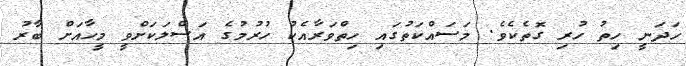
ހަދަނީ ހިތު ހުރި ގޮތެކެވެ. މަސައްކަތުގައި ހިތްވަރާއެކު ހުރުމުގެ އަސްލަކަށްވީ މީހާއަށް ބާރު